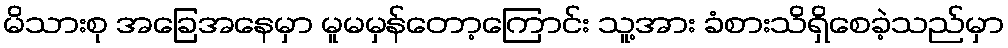
မိသားစု အခြေအနေမှာ မူမမှန်တော့ကြောင်း သူ့အား ခံစားသိရှိစေခဲ့သည်မှာ